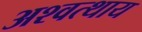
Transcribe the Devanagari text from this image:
अश्वत्थाय